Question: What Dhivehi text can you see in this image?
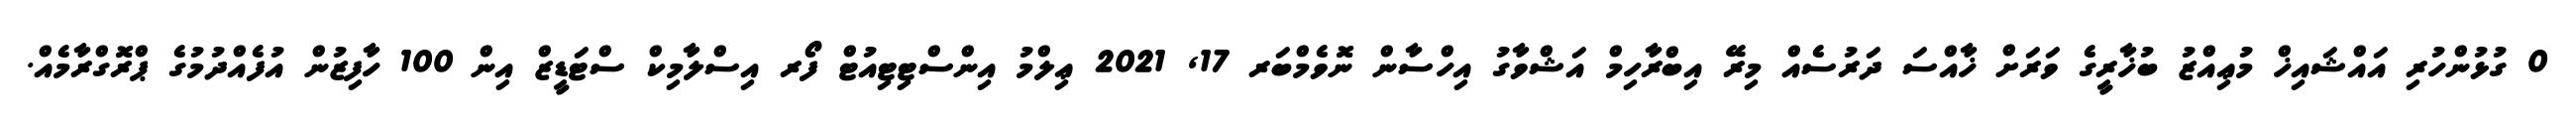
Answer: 0 ގުޅުންހުރި އައްޝައިޚް މުޢިއްޒު ބުޚާރީގެ ވަރަށް ޚާއްސަ ދަރުސެއް މިރޭ އިބްރާހިމް އަޝްވާގު އިހްސާން ނޮވެމްބަރ 17, 2021 ޢިލްމު އިންސްޓިޓިއުޓް ފޯރ އިސްލާމިކް ސްޓަޑީޒް އިން 100 ހާފިޒުން އުފެއްދުމުގެ ޕްރޮގްރާމެއް.